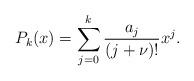
LaTeX: \begin{align*} P_k(x) = \sum_{j=0}^k \frac{a_j}{(j+\nu)!}x^j.\end{align*}